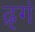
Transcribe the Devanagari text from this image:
ढ़्गं